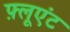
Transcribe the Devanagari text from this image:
फ़्लूएंट